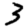
Digit: 3